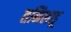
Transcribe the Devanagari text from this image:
तमिलाडू